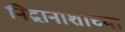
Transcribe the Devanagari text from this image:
निद्रानाशाच्या